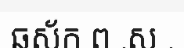
ឆស័ក ព .ស .